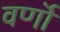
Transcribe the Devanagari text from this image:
वर्णॊं